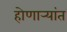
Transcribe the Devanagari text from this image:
होणार्‍यांत